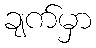
ချက်မှာ